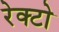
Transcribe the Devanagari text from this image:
रेक्टो